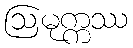
ဩမုက္ကဿ